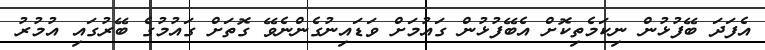
އެފަދަ ބޭފުޅުން ނިކަމެތިކޮށް އެބޭފުޅުން ގައުމަށް ވަޑައިނުގެންނެވޭ ގޮތަށް ގައުމުގެ ބޭރުގައި އުމުރު